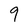
Character: 9